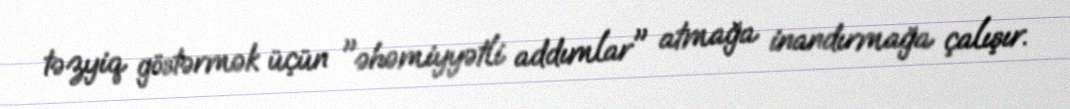
təzyiq göstərmək üçün "əhəmiyyətli addımlar" atmağa inandırmağa çalışır.